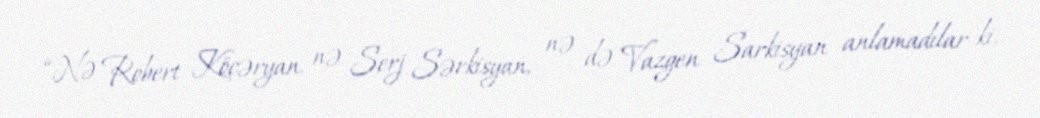
“Nə Robert Köçəryan, nə Serj Sərkisyan, nə də Vazgen Sarkisyan anlamadılar ki,